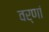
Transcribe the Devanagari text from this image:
वर्णां